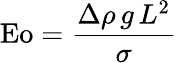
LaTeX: \mathrm{Eo}={\frac{\Delta\rho\, g\, L^{2}}{\sigma}}